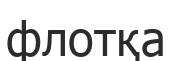
флотқа